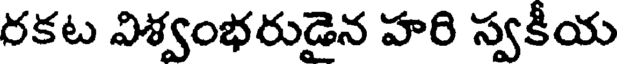
రకట విశ్వంభరుడైన హరి స్వకీయ